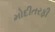
મોદીતરફી